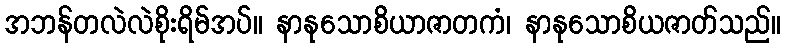
အဘန်တလဲလဲစိုးရိမ်အပ်။ နာနုသောစိယာဇာတကံ၊ နာနုသောစိယဇာတ်သည်။